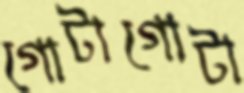
গোটাগোটা